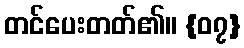
တင်ပေးတတ်၏။ {၀၇}